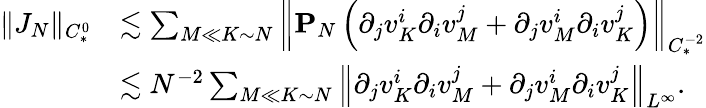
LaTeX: \begin{array}{rl}{\| J_{N}\| _{C_{*}^{0}}}&{\lesssim\sum_{M\ll K\sim N}\left\| \mathbf{P}_{N}\left(\partial_{j}v_{K}^{i}\partial_{i}v_{M}^{j}+\partial_{j}v_{M}^{i}\partial_{i}v_{K}^{j}\right)\right\| _{C_{*}^{-2}}}\\ &{\lesssim N^{-2}\sum_{M\ll K\sim N}\left\| \partial_{j}v_{K}^{i}\partial_{i}v_{M}^{j}+\partial_{j}v_{M}^{i}\partial_{i}v_{K}^{j}\right\| _{L^{\infty}}.}\end{array}